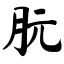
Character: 朊